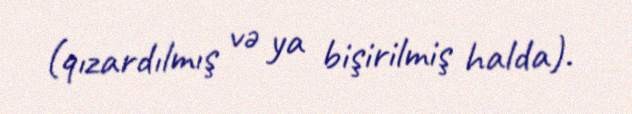
(qızardılmış və ya bişirilmiş halda).